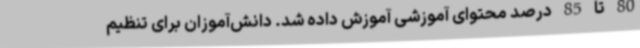
80 تا 85 درصد محتوای آموزشی آموزش داده شد. دانش‌آموزان برای تنظیم